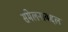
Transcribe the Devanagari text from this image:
संमेलनाबद्दल